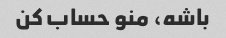
باشه، منو حساب کن